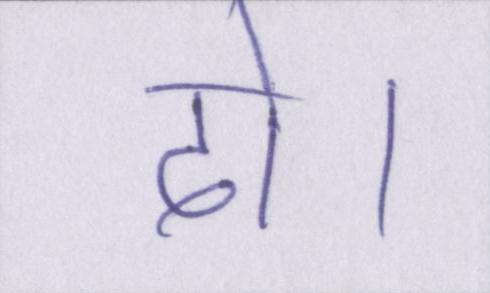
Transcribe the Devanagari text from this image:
दो।